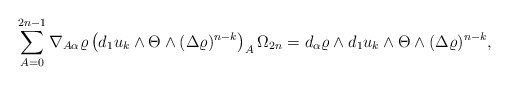
\begin{align*} \sum_{A=0}^{2n-1} \nabla_{A\alpha }\varrho\left(d_1u_k\wedge \Theta\wedge(\Delta \varrho)^{n-k}\right)_A \Omega_ {2n }=d_\alpha\varrho\wedge d_1u_k\wedge \Theta \wedge(\Delta \varrho)^{n-k},\end{align*}